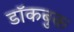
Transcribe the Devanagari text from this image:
डॉकबुक